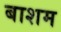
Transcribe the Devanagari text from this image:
बाशम